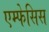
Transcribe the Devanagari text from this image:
एम्फेसिस